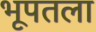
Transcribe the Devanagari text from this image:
भूपतला